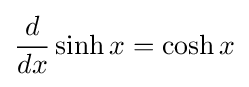
{\frac {d}{dx}}\sinh x=\cosh x